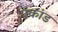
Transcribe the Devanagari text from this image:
एकांड